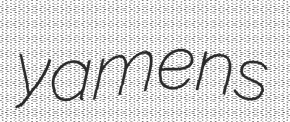
yamens